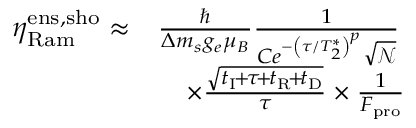
\begin{array} { r l } { \eta _ { \mathrm { R a m } } ^ { \mathrm { e n s , s h o } } \approx } & { \frac { \hbar } { \Delta m _ { s } g _ { e } \mu _ { B } } \frac { 1 } { C e ^ { - \left( \tau / T _ { 2 } ^ { * } \right) ^ { p } } \sqrt { \mathscr { N } } } } \\ & { \quad \times \frac { \sqrt { t _ { \mathrm { I } } \! + \! \tau \! + \! t _ { \mathrm { R } } \! + \! t _ { \mathrm { D } } } } { \tau } \times \frac { 1 } { F _ { \mathrm { p r o } } } } \end{array}